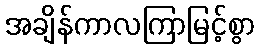
အချိန်ကာလကြာမြင့်စွာ